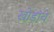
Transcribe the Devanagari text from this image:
खोडांचे